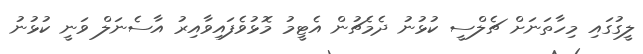
ލީގުގައި މިހާތަނަށް ޗެލްސީ ކުޅުނު ދެމެޗުން އެޓީމު މޮޅުވެފައިވާއިރު އާސެނަލް ވަނީ ކުޅުނު